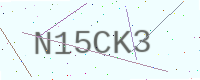
Text: N15CK3